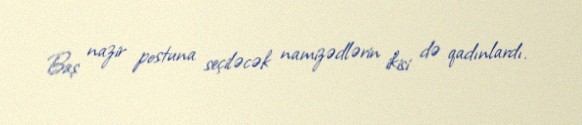
Baş nazir postuna seçiləcək namizədlərin ikisi də qadınlardı.